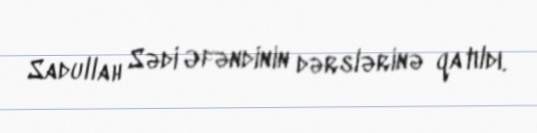
Sadullah Sədi Əfəndinin dərslərinə qatıldı.